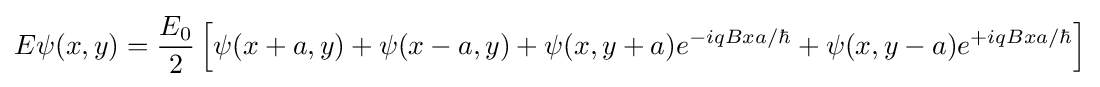
E\psi (x,y)={\frac {E_{0}}{2}}\left[\psi (x+a,y)+\psi (x-a,y)+\psi (x,y+a)e^{-iqBxa/\hbar }+\psi (x,y-a)e^{+iqBxa/\hbar }\right]